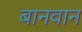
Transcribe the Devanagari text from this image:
बानवान